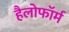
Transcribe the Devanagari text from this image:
हैलोफॉर्म